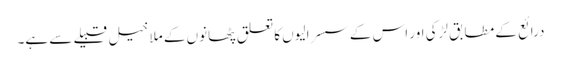
درائع کے مطابق لڑکی اور اس کےسسرالیوں کا تعلق پٹھانوں کے ملا خیل قبیلے سے ہے۔